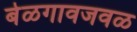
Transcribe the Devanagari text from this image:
बेळगावजवळ